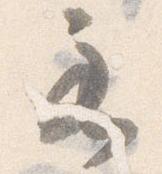
主